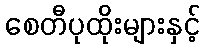
စေတီပုထိုးများနှင့်